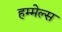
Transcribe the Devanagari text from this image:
हम्मेल्स